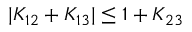
| K _ { 1 2 } + K _ { 1 3 } | \le 1 + K _ { 2 3 }